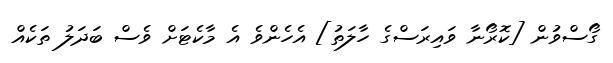
ގޯސްވުން [ކޮރޯނާ ވައިރަސްގެ ހާލަތު] އެހެންވެ އެ މާކެޓަށް ވެސް ބަދަލު ތަކެއް